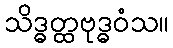
သိဒ္ဓတ္ထဗုဒ္ဓဝံသ။